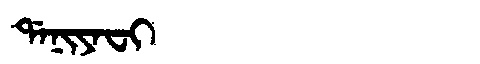
Manchu: ᡩᠠᠨᡳᠶᠠᠸᡳ
Romanization: DANIYAFI